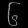
Digit: ၆